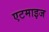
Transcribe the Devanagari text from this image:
एटमाइज